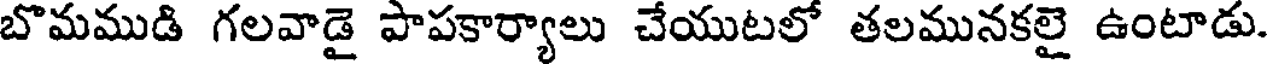
బొమముడి గలవాడై పాపకార్యాలు చేయుటలో తలమునకలై ఉంటాడు.